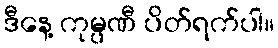
ဒီနေ့ ကုမ္ပဏီ ပိတ်ရက်ပါ။